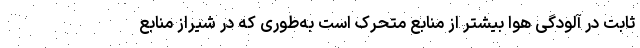
ثابت در آلودگی هوا بیشتر از منابع متحرک است به‌طوری که در شیراز منابع